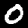
Label: 0